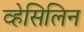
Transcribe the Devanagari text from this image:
व्हेसिलिन